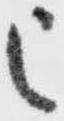
被